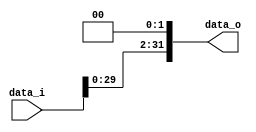
module Shift_Left_Two_32(data_i, data_o);

//I/O ports                    
input [32-1:0] data_i;
output [32-1:0] data_o;

//shift left 2
assign data_o = {data_i[29:0], 2'b00};   
endmodule